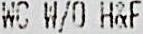
WC W/O H&F